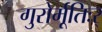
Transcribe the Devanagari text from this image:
गुरोर्मूतिःर्